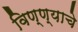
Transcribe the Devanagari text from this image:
विण्ण्याचे